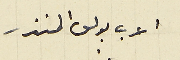
الاب بولس المنذر